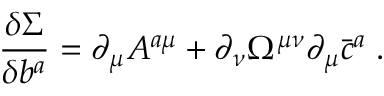
\frac { \delta \Sigma } { \delta b ^ { a } } = \partial _ { \mu } A ^ { a \mu } + \partial _ { \nu } \Omega ^ { \mu \nu } \partial _ { \mu } \bar { c } ^ { a } \; .